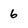
Character: 6